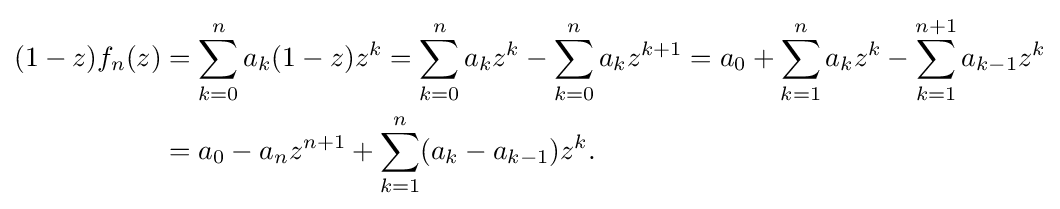
{\begin{aligned}(1-z)f_{n}(z)&=\sum _{k=0}^{n}a_{k}(1-z)z^{k}=\sum _{k=0}^{n}a_{k}z^{k}-\sum _{k=0}^{n}a_{k}z^{k+1}=a_{0}+\sum _{k=1}^{n}a_{k}z^{k}-\sum _{k=1}^{n+1}a_{k-1}z^{k}\\&=a_{0}-a_{n}z^{n+1}+\sum _{k=1}^{n}(a_{k}-a_{k-1})z^{k}.\end{aligned}}